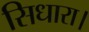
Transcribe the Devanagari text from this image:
सिधारा।